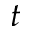
t